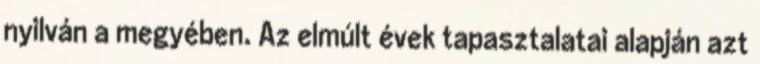
nyilván a megyében. Az elmúlt évek tapasztalatai alapján azt